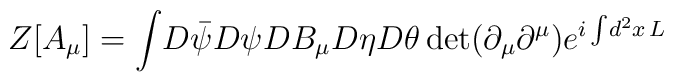
Z[A_{\mu} ] = \int \! D \bar{\psi} D \psi D B_{\mu} D\eta D \theta\det(\partial_{\mu}\partial^{\mu}) e^{i\int \! d^2 x\, L}